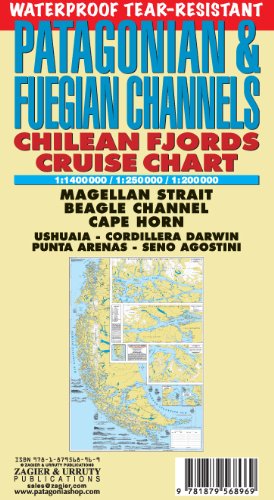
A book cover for Patagonian & Fuegian Channels Waterproof Map: Chilean Fjords Cruise Chart - Cape Horn, Ushuaia, Magellan Strait; Sergio Zagier; Travel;